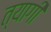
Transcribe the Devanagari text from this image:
त्‍यागी